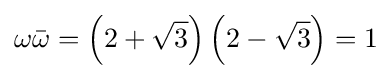
\omega {\bar {\omega }}=\left(2+{\sqrt {3}}\right)\left(2-{\sqrt {3}}\right)=1